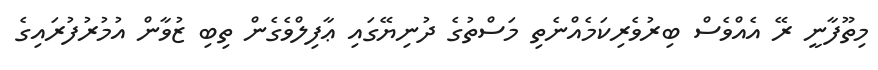
މިތޫފާނީ ރޭ އެއްވެސް ބިރުވެރިކަމެއްނެތި މަސްތުގެ ދުނިޔޭގައި ޢާފިލްވެގެން ތިބި ޒުވާން އުމުރުފުރައިގެ